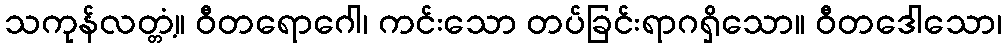
သကုန်လတ္တံ့။ ဝီတရောဂေါ၊ ကင်းသော တပ်ခြင်းရာဂရှိသော။ ဝီတဒေါသော၊